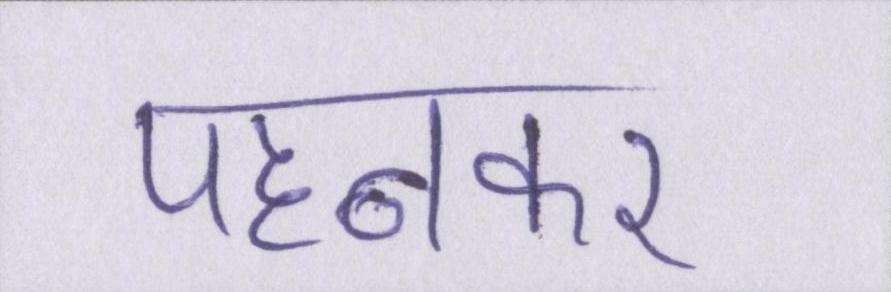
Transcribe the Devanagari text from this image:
पहनकर